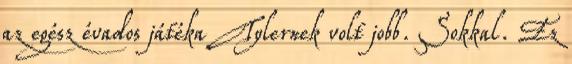
az egész évados játéka Tylernek volt jobb. Sokkal. Ez